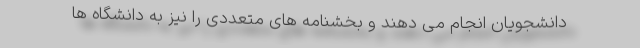
دانشجویان انجام می دهند و بخشنامه های متعددی را نیز به دانشگاه ها